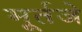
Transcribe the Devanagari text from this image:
मूर्तजे